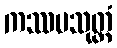
ကဿပသုတ္တံ